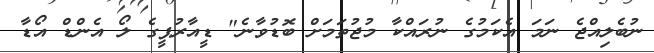
ނުބެލިއްޖެ ނަމަ އެކަމުގެ ނުރައްކާ މުޖުތަމަށް ބޮޑުވާނެ" ޑީއާރުޕީގެ ލޯ އެންޑް އޯޑާ